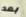
بعد